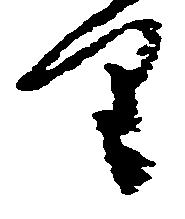
り